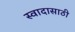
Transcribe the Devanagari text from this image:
स्वादासाठी